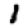
Digit: 1